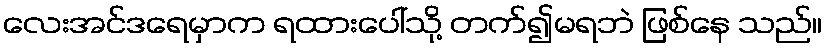
လေးအင်ဒရေမှာက ရထားပေါ်သို့ တက်၍မရဘဲ ဖြစ်နေ သည်။